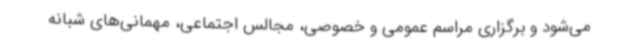
می‌شود و برگزاری مراسم عمومی و خصوصی، مجالس اجتماعی، مهمانی‌های شبانه